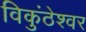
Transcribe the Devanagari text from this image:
विकुंठेश्वर